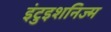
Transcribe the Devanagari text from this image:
इंटुइशनिज्म